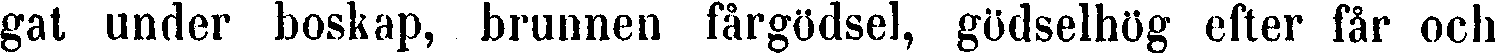
gat under boskap, brunnen fårgödsel, gödselhög efter får och